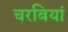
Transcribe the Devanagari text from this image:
चरबियां